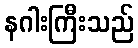
နဂါးကြီးသည်